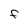
Character: F